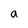
Character: a